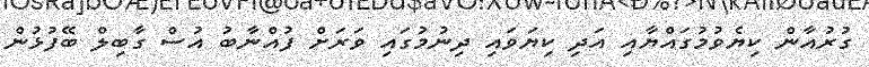
ގުރުއާން ކިޔެވުމުގައްޔާއި އަދި ކިޔަވައި ދިނުމުގައި ވަރަށް ފުއްނާބު އުސް ގާބިލް ބޭފުޅުން